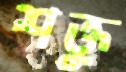
শক্তু